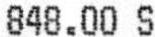
848.00 S